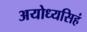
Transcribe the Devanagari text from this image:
अयोध्यसिहं